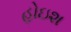
હોઇશ